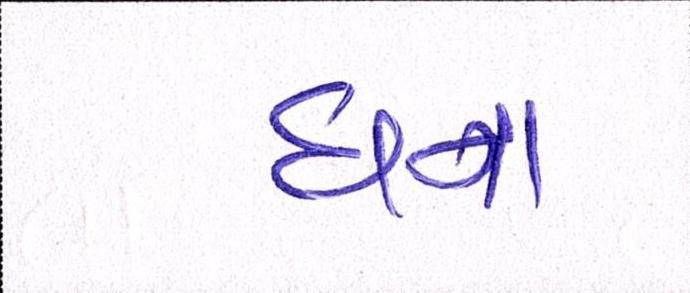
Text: ઘના